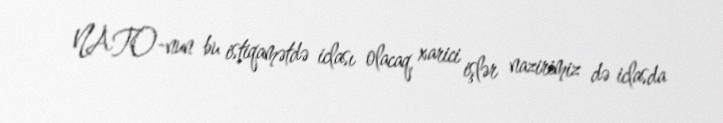
NATO-nun bu istiqamətdə iclası olacaq, xarici işlər nazirimiz də iclasda